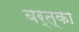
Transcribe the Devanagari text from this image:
बर्त्का